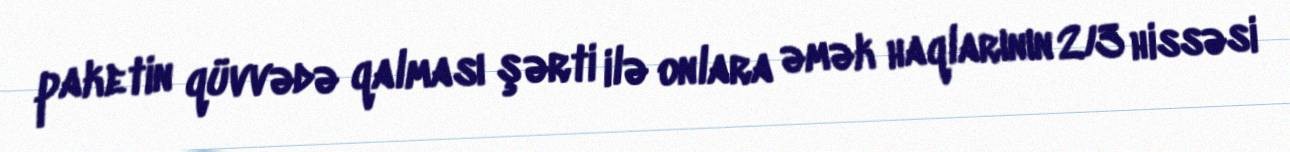
paketin qüvvədə qalması şərti ilə onlara əmək haqlarının 2/3 hissəsi